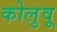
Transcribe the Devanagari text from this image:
कोलुवू